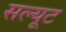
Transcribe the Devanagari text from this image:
सल्यूट